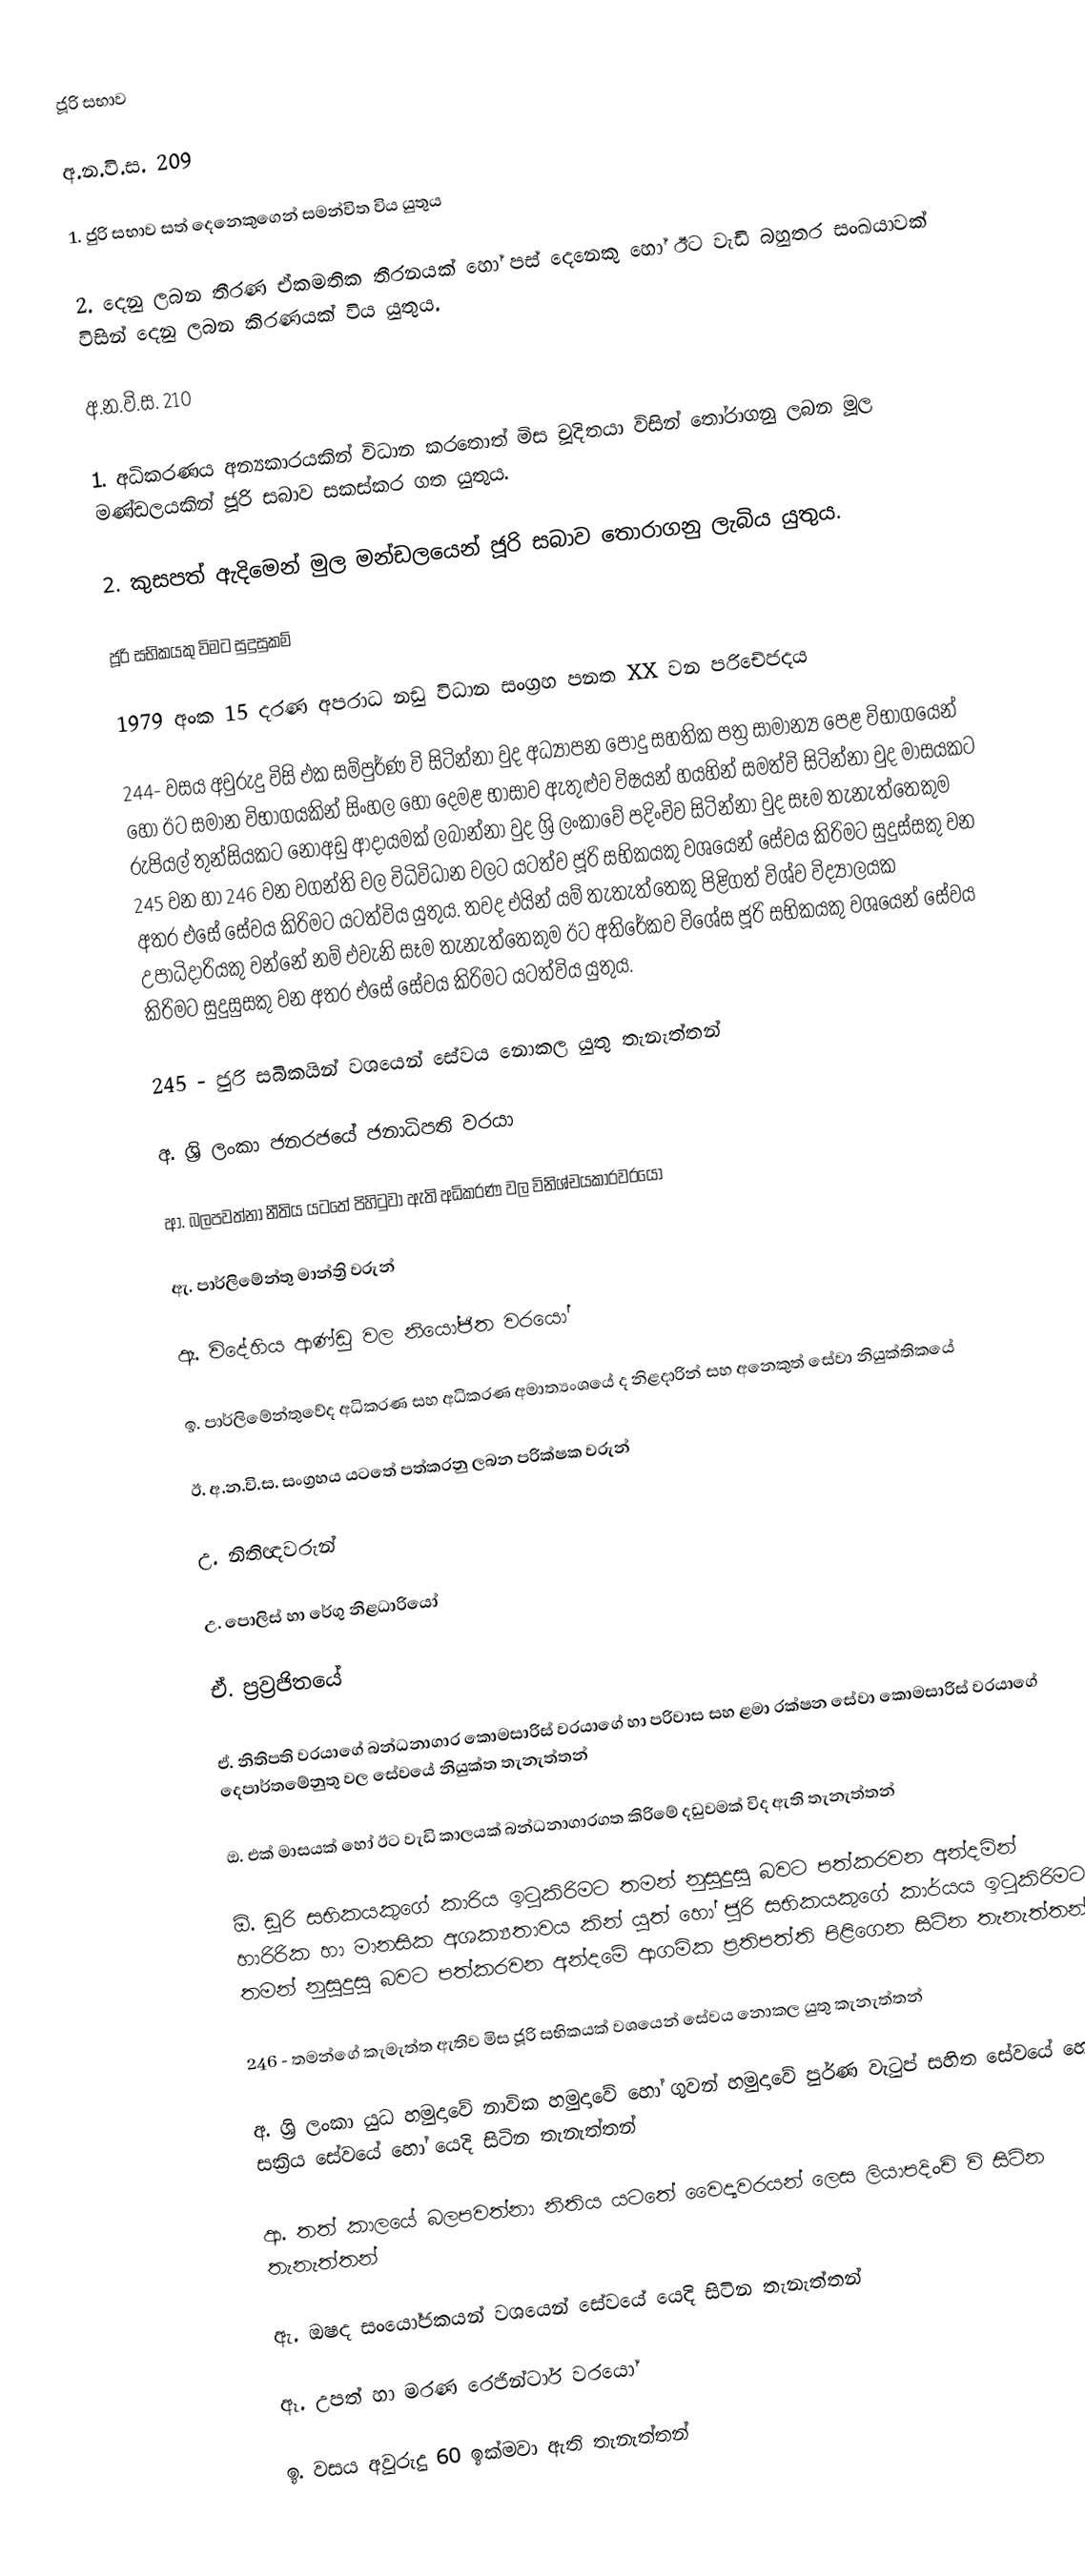
ජූරි සභාව

අ.න.වි.ස. 209

1. ජුරි සභාව සත් දෙනෙකුගෙන් සමන්විත විය යුතුය

2. දෙනු ලබන තීරණ ඒකමතික තීරනයක් හෝ පස් දෙනෙකු හෝ ඊට වැඩි බහුතර සංඛයාවක් විසින් දෙනු ලබන කිරණයක් විය යුතුය.

අ.න.වි.ස. 210

1. අධිකරණය අන්‍යකාරයකින් විධාන කරතොත් මිස චූදිතයා විසින් තෝරාගනු ලබන මූල මණ්ඩලයකින් ජූරි සබාව සකස්කර ගත යුතුය.

2. කුසපත් ඇදිමෙන් මුල මන්ඩලයෙන් ජූරි සබාව තොරාගනු ලැබිය යුතුය.

ජූරි සභිකයකු විමට සුදුසුකම්

1979 අංක 15 දරණ අපරාධ නඩු විධාන සංග්‍රහ පනත XX වන පරිචේජදය

244- වසය අවුරුදු විසි එක සම්පුර්ණ වි සිටින්නා වුද අධ්‍යාපන පොදු සහතික පත්‍ර සාමාන්‍ය පෙළ විභාගයෙන් හෝ ඊට සමාන විභාගයකින් සිංහල හෝ දෙමළ භාසාව ඇතුළුව විෂයන් හයහින් සමත්වි සිටින්නා වුද මාසයකට රුපියල් තුන්සියකට නොඅඩු ආදායමක් ලබාන්නා වුද ශ්‍රි ලංකාවේ පදිංචිව සිටින්නා වුද  සෑම තැනැත්තෙකුම 245 වන හා 246 වන වගන්ති වල විධිවිධාන වලට යටත්ව ජූරි සභිකයකු වශයෙන් සේවය කිරිමට සුදුස්සකු වන අතර එසේ සේවය කිරිමට යටත්විය යුතුය. තවද එයින් යම් තැතැත්තෙකු පිළිගත් විශ්ව විද්‍යාලයක උපාධිදාරියකු වන්නේ නම් එවැනි සෑම තැනැත්තෙකුම ඊට අතිරේකව විශේස ජූරි සභිකයකු වශයෙන් සේවය කිරිමට සුදුසුසකු වන අතර එසේ සේවය කිරිමට යටත්විය යුතුය.

245 - ජුරි සබිකයින් වශයෙන් සේවය නොකල යුතු තැනැත්තන්

අ. ශ්‍රි ලංකා ජනරජයේ ජනාධිපති වරයා

ආ. බලපවත්නා නීතිය යටතේ පිහිටුවා ඇති අධිකරණ වල විනිශ්චයකාරවරයෝ

ඇ. පාර්ලිමේන්තු මාන්ත්‍රි වරුන්

ඈ. විදේහිය ආණ්ඩු වල නියෝජිත වරයෝ

ඉ. පාර්ලිමේන්තුවේද අධිකරණ සහ අධිකරණ අමාත්‍යංශයේ ද නිළදාරින් සහ අනෙකුත් සේවා නියුක්තිකයේ

ඊ. අ.න.වි.ස. සංග්‍රහය යටතේ පත්කරනු ලබන පරික්ෂක වරුන්

උ. නිතිඥවරුන්

උ. පොලිස් හා රේගු නිළධාරියෝ

ඒ. ප්‍රව්‍රජිතයේ

ඒ. නිතිපති වරයාගේ බන්ධනාගාර කොමසාරිස් වරයාගේ හා පරිවාස සහ ළමා රක්ෂන සේවා කොමසාරිස් වරයාගේ දෙපාර්තමේනුතු වල සේවයේ නියුක්ත තැනැත්තන්

ඔ. එක් මාසයක් හෝ ඊට වැඩි කාලයක් බන්ධනාගාරගත කිරිමේ දඩුවමක් විද ඇති තැනැත්තන්

ඕ. ඩූරි සභිකයකුගේ කාරිය ඉටුකිරිමට තමන් නුසුදුසු බවට පත්කරවන අන්දමින් හාරිරික හා මානසික අශක්‍යතාවය කින් යුත් හෝ ජූරි සභිකයකුගේ කාර්යය ඉටුකිරිමට තමන් නුසුදුසු බවට පත්කරවන අන්දමේ ආගමික ප්‍රතිපත්ති පිළිගෙන සිටින තැනැත්තන්

246 - තමන්ගේ කැමැත්ත ඇතිව මිස ජූරි සභිකයක් වශයෙන් සේවය නොකල යුතු කැනැත්තන්

අ. ශ්‍රි ලංකා යුධ හමුදාවේ නාවික හමුදාවේ හෝ ගුවන් හමුදාවේ පුර්ණ වැටුප් සහිත සේවයේ හෝ සක්‍රිය සේවයේ හෝ යෙදි සිටින තැනැත්තන්

ආ. තත් කාලයේ බලපවත්නා නිතිය යටතේ වෛද්‍යවරයන් ලෙස ලියාපදිංචි වි සිටින තැනැත්තන්

ඇ. ඔෂද සංයෝජකයන් වශයෙන් සේවයේ යෙදි සිටින තැනැත්තන්

ඈ. උපත් හා මරණ රෙජින්ටාර් වරයෝ

ඉ. වසය අවුරුදු 60 ඉක්මවා ඇති තැනැත්තන්